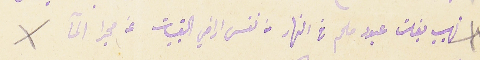
نهيب بغلت عبود ملحم فى النهار من نفس اراضي القبيات عن مجرا المآ